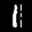
Label: 1